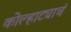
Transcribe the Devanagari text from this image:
कोल्हाट्याचं